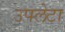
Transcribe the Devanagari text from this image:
उपलेटा